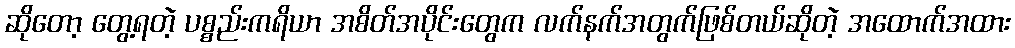
ဆိုတော့ တွေ့ရတဲ့ ပစ္စည်းကရိယာ အစိတ်အပိုင်းတွေက လက်နက်အတွက်ဖြစ်တယ်ဆိုတဲ့ အထောက်အထား